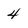
Character: 4